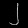
Digit: ၂